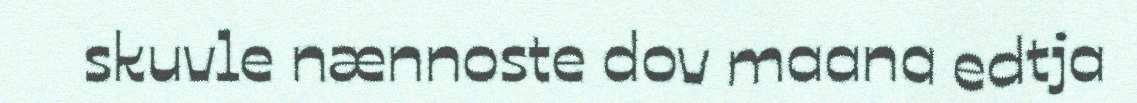
skuvle nænnoste dov maana edtja